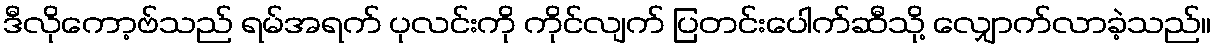
ဒီလိုကော့ဗ်သည် ရမ်အရက် ပုလင်းကို ကိုင်လျက် ပြတင်းပေါက်ဆီသို့ လျှောက်လာခဲ့သည်။